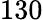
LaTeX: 130